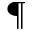
^ \mathparagraph